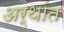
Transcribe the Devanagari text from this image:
अर्थांत